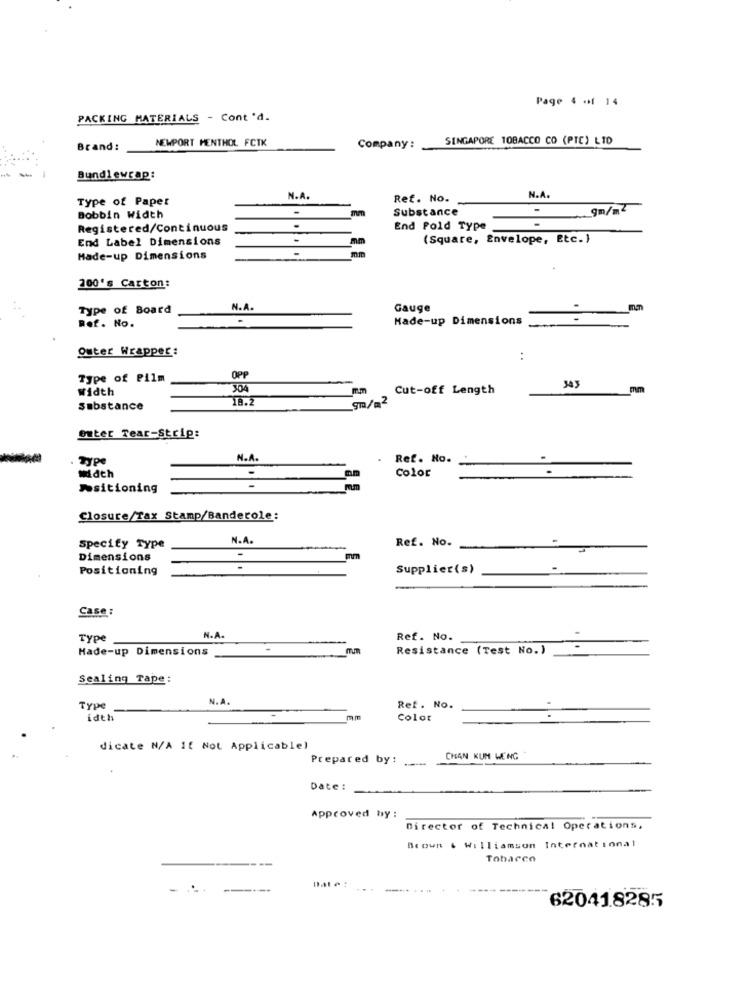
Page 4 of 14
PACKING MATERIALS - Cont 'd.
NEWPORT MENTHOL FCTK
SINGAPORE TOBACCO CO (PIC) LTD
Brand:
Company :
Bundlewrap:
Type of Paper
N.A.
Ref. No.
N.A.
-
mm
Substance
-
gm/m2
Bobbin Width
Registered/Continuous
.
End Pold Type
End Label Dimensions
mm
(Square, Envelope, Etc.)
Made-up Dimensions
-
mm
200's Carton:
Type of Board
N.A.
Gauge
Made-up Dimensions
-
Rof. No.
Outer Wrapper:
Type of Pilm
OPP
Width
304
mm
Cut-off Length
343
mm
18.2
gm/m2
Substance
enter Tear-Strip:
Type
N.A.
Ref. No.
width
Color
Asitioning
Closure/Tax Stamp/Banderole:
N.A.
Ref. No.
Specify Type
Dimensions
mm
Positioning
Supplier(s)
Case:
Type
N.A.
Ref. No.
Hade-up Dimensions
Resistance (Test No.)
Sealing Tape:
N.A.
Type
Ref. No.
idth
mm
Color
dicate N/A If Not Applicable)
Prepared by:
CHAN KUM WENG
Date :
Approved by :
Director of Technical Operations,
Brown & Williamson International
Tobacco
--- -
---
620418285